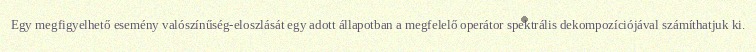
Egy megfigyelhető esemény valószínűség-eloszlását egy adott állapotban a megfelelő operátor spektrális dekompozíciójával számíthatjuk ki.